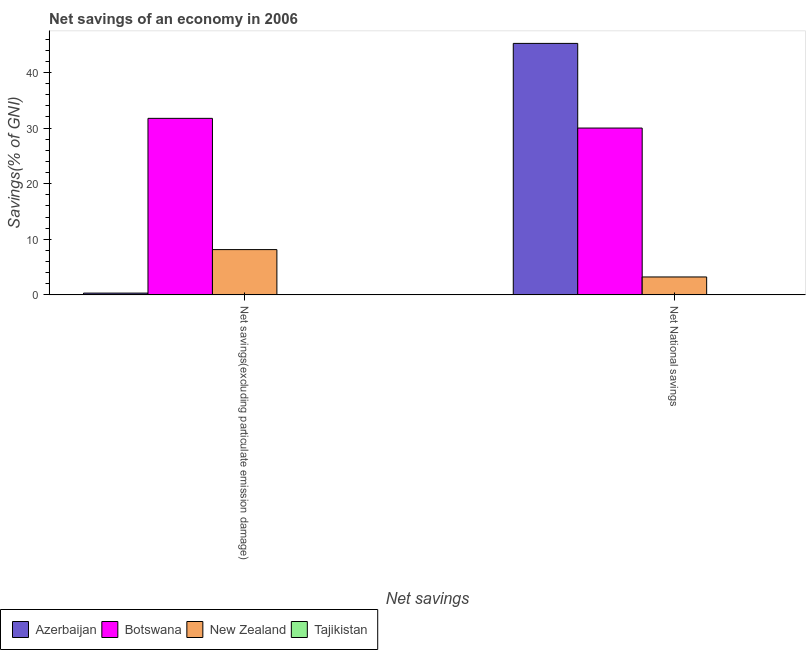
| Net savings | Azerbaijan | Botswana | New Zealand | Tajikistan |
 | --- | --- | --- | --- | --- |
 | Net savings(excluding particulate emission damage) | 0.321 | 31.7 | 8.14 | -8.96 |
 | Net National savings | 45.2 | 30 | 3.22 | -10.8 |